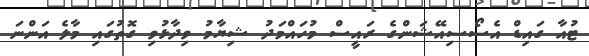
ޓުއާ ގައިޑް އެސޯސިއޭޝަންގެ ރައީސް މުހައްމަދު ޝިޔާމު ވިދާޅުވި ގޮތުގައި މާލެ އަންނަ